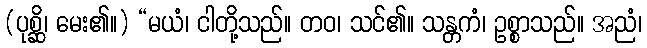
(ပုစ္ဆိ၊ မေး၏။) “မယံ၊ ငါတို့သည်။ တဝ၊ သင်၏။ သန္တကံ၊ ဥစ္စာသည်။ အညံ၊